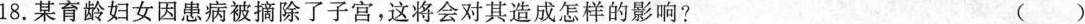
18.某育龄妇女因患病被摘除了子宫，这将会对其造成怎样的影响? ()